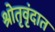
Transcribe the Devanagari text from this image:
श्रोतृवृंदात